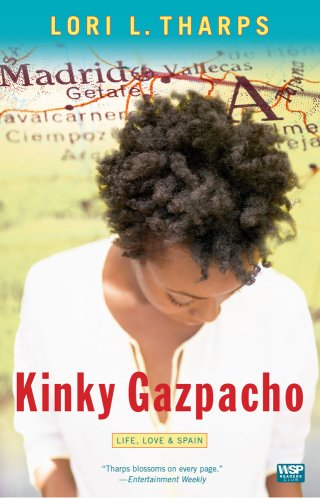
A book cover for Kinky Gazpacho: Life, Love & Spain (Wsp Readers Club); Lori L. Tharps; Computers & Technology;